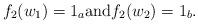
LaTeX: \begin{align*}f_2(w_1)=1_a \mbox{and} f_2(w_2)=1_b.\end{align*}